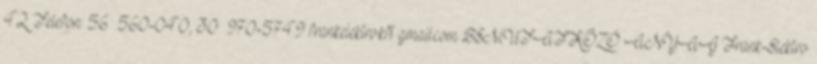
42. Telefon: 56 560-040, 30 970-5749 frankelektro.kft gmail.com BEMUTATKOZÓ ANYAG Frank-Elektro